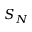
S _ { N }